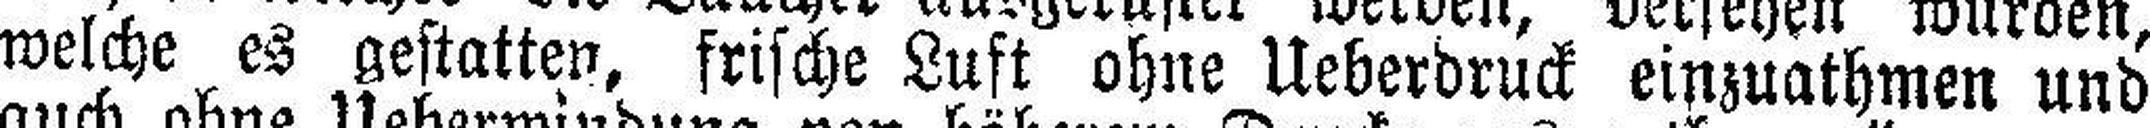
welche es gestatten, frische Luft ohne Ueberdruck einzuathmen und